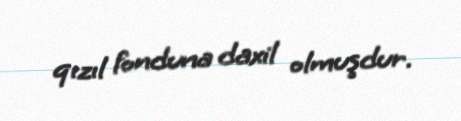
qızıl fonduna daxil olmuşdur.